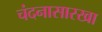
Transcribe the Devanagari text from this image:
चंदनासारखा